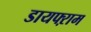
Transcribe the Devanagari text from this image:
डायफ्ऱाम